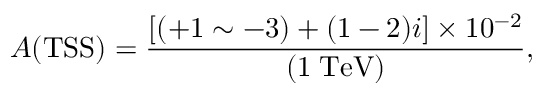
{ \cal A } ( \mathrm { T S S } ) = \frac { \left[ ( + 1 \sim - 3 ) + ( 1 - 2 ) i \right] \times 1 0 ^ { - 2 } } { ( 1 \; \mathrm { T e V } ) } ,